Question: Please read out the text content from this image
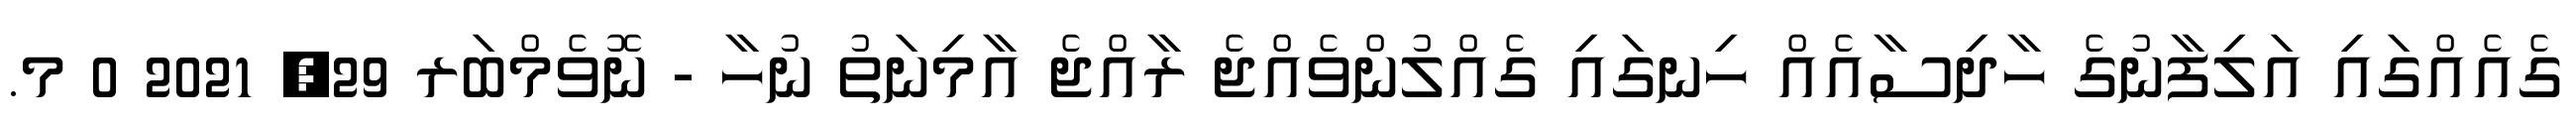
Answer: ގެއެއްގައި އަލިފާނުގެ ހާދިސާއެއް ހިނގައި ގެއްލުންވެއްޖެ ރާއްޖެ އާމިނަތު ނުހާ - ނޮވެމްބަރ 29, 2021 0 މ.